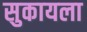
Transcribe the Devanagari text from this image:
सुकायला